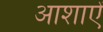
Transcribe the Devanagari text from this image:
आशाऐं